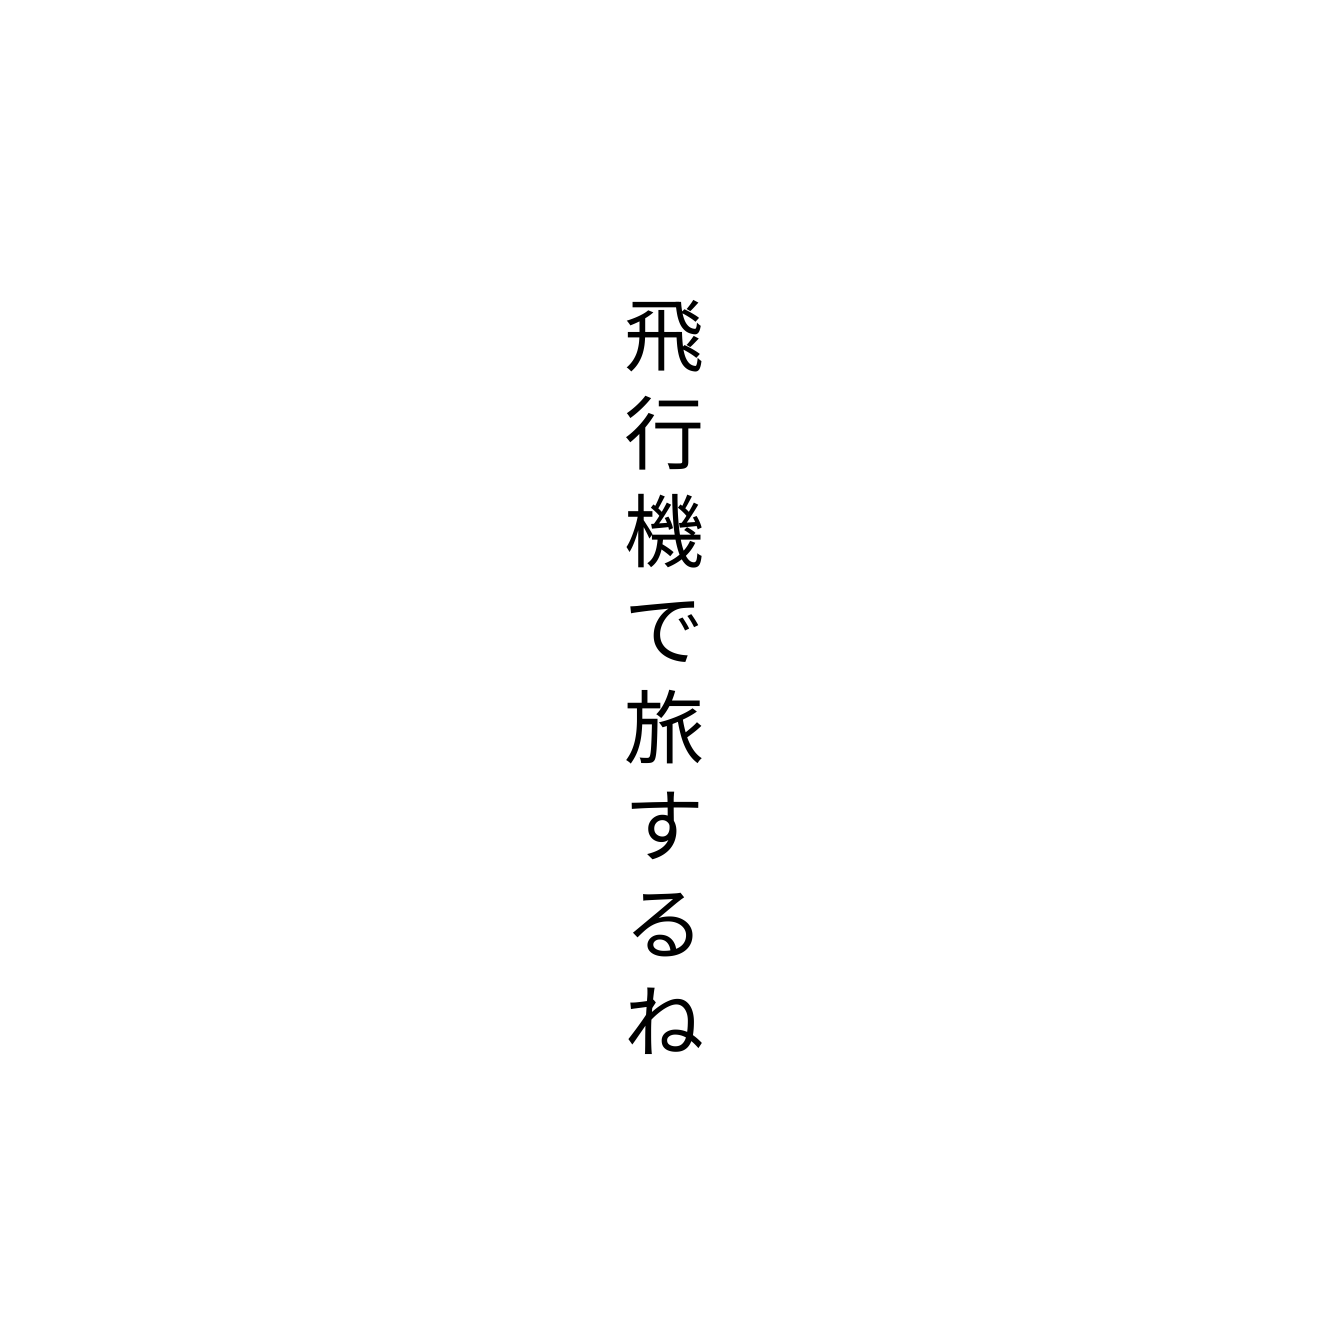
飛行機で旅するね